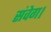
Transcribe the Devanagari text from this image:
संवेग।